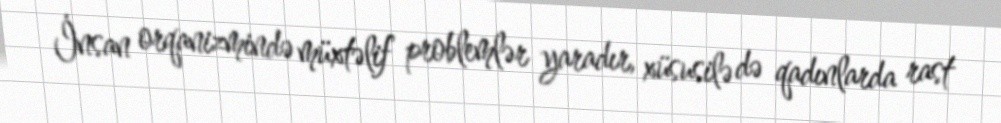
İnsan orqanizmində müxtəlif problemlər yaradır, xüsusilə də qadınlarda rast